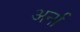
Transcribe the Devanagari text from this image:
अर्ना